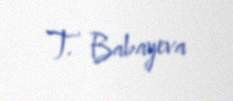
T. Babayeva